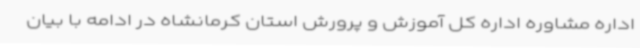
اداره مشاوره اداره کل آموزش و پرورش استان کرمانشاه در ادامه با بیان